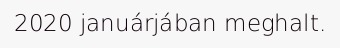
2020 januárjában meghalt.